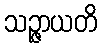
သဉ္ဇာယတိ